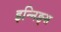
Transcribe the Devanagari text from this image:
इन्निङ्स